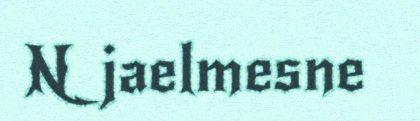
Njaelmesne